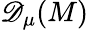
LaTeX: {\mathscr{D}_{\mu}(M)}